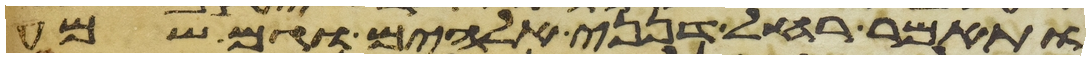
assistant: ותאמר רחל דנני אלהים וגם שמע